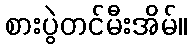
စားပွဲတင်မီးအိမ်။